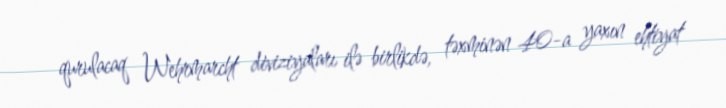
qurulacaq Wehrmarcht diviziyaları ilə birlikdə, təxminən 40-a yaxın ehtiyat